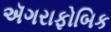
ઍગરાફોબિક